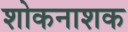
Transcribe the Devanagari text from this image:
शोकनाशक